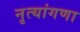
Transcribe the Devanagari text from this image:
नृत्यांगणा